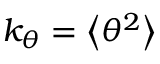
k _ { \theta } = \left< \theta ^ { 2 } \right>